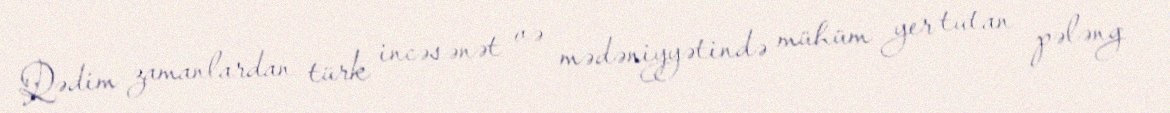
Qədim zamanlardan türk incəsənət və mədəniyyətində mühüm yer tutan pələng